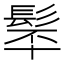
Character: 𩬴